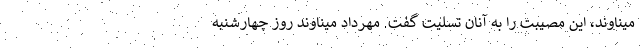
میناوند، این مصیبت را به آنان تسلیت گفت. مهرداد میناوند روز چهارشنبه